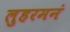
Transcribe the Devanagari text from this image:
लुहरमनं